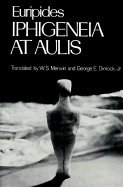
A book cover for Iphigeneia at Aulis; Euripides; Literature & Fiction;